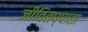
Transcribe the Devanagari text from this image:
जीवितप्पाता